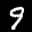
Label: 9